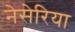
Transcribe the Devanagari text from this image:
नेसेरिया